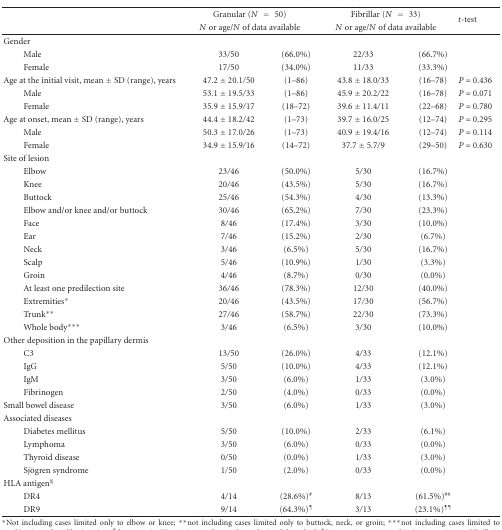
<table><thead><tr><td></td><td colspan="2"><b>Granular (<i>N</i> = 50)</b></td><td colspan="2"><b>Fibrillar (<i>N</i> = 33)</b></td><td rowspan="2"><b><i>t</i>-test</b></td><td></td></tr><tr><td></td><td colspan="2"><b><i>N</i> or age/<i>N</i> of data available</b></td><td colspan="2"><b><i>N</i> or age/<i>N</i> of data available</b></td><td></td></tr></thead><tbody><tr><td>Gender</td><td></td><td></td><td></td><td></td><td></td><td></td></tr><tr><td>Male</td><td>33/50</td><td>(66.0%)</td><td>22/33</td><td>(66.7%)</td><td></td><td></td></tr><tr><td>Female</td><td>17/50</td><td>(34.0%)</td><td>11/33</td><td>(33.3%)</td><td></td><td></td></tr><tr><td>Age at the initial visit, mean ± SD (range), years</td><td>47.2 ± 20.1/50</td><td>(1–86)</td><td>43.8 ± 18.0/33</td><td>(16–78)</td><td><i>P </i>= 0.436</td><td></td></tr><tr><td>Male</td><td>53.1 ± 19.5/33</td><td>(1–86)</td><td>45.9 ± 20.2/22</td><td>(16–78)</td><td><i>P </i>= 0.071</td><td></td></tr><tr><td>Female</td><td>35.9 ± 15.9/17</td><td>(18–72)</td><td>39.6 ± 11.4/11</td><td>(22–68)</td><td><i>P </i>= 0.780</td><td></td></tr><tr><td>Age at onset, mean ± SD (range), years</td><td>44.4 ± 18.2/42</td><td>(1–73)</td><td>39.7 ± 16.0/25</td><td>(12–74)</td><td><i>P </i>= 0.295</td><td></td></tr><tr><td>Male</td><td>50.3 ± 17.0/26</td><td>(1–73)</td><td>40.9 ± 19.4/16</td><td>(12–74)</td><td><i>P </i>= 0.114</td><td></td></tr><tr><td>Female</td><td>34.9 ± 15.9/16</td><td>(14–72)</td><td>37.7 ± 5.7/9</td><td>(29–50)</td><td><i>P </i>= 0.630</td><td></td></tr><tr><td>Site of lesion</td><td></td><td></td><td></td><td></td><td></td><td></td></tr><tr><td>Elbow</td><td>23/46</td><td>(50.0%)</td><td>5/30</td><td>(16.7%)</td><td></td><td></td></tr><tr><td>Knee</td><td>20/46</td><td>(43.5%)</td><td>5/30</td><td>(16.7%)</td><td></td><td></td></tr><tr><td>Buttock</td><td>25/46</td><td>(54.3%)</td><td>4/30</td><td>(13.3%)</td><td></td><td></td></tr><tr><td>Elbow and/or knee and/or buttock</td><td>30/46</td><td>(65.2%)</td><td>7/30</td><td>(23.3%)</td><td></td><td></td></tr><tr><td>Face</td><td>8/46</td><td>(17.4%)</td><td>3/30</td><td>(10.0%)</td><td></td><td></td></tr><tr><td>Ear</td><td>7/46</td><td>(15.2%)</td><td>2/30</td><td>(6.7%)</td><td></td><td></td></tr><tr><td>Neck</td><td>3/46</td><td>(6.5%)</td><td>5/30</td><td>(16.7%)</td><td></td><td></td></tr><tr><td>Scalp</td><td>5/46</td><td>(10.9%)</td><td>1/30</td><td>(3.3%)</td><td></td><td></td></tr><tr><td>Groin</td><td>4/46</td><td>(8.7%)</td><td>0/30</td><td>(0.0%)</td><td></td><td></td></tr><tr><td>At least one predilection site</td><td>36/46</td><td>(78.3%)</td><td>12/30</td><td>(40.0%)</td><td></td><td></td></tr><tr><td>Extremities*</td><td>20/46</td><td>(43.5%)</td><td>17/30</td><td>(56.7%)</td><td></td><td></td></tr><tr><td>Trunk**</td><td>27/46</td><td>(58.7%)</td><td>22/30</td><td>(73.3%)</td><td></td><td></td></tr><tr><td>Whole body***</td><td>3/46</td><td>(6.5%)</td><td>3/30</td><td>(10.0%)</td><td></td><td></td></tr><tr><td>Other deposition in the papillary dermis</td><td></td><td></td><td></td><td></td><td></td><td></td></tr><tr><td>C3</td><td>13/50</td><td>(26.0%)</td><td>4/33</td><td>(12.1%)</td><td></td><td></td></tr><tr><td>IgG</td><td>5/50</td><td>(10.0%)</td><td>4/33</td><td>(12.1%)</td><td></td><td></td></tr><tr><td>IgM</td><td>3/50</td><td>(6.0%)</td><td>1/33</td><td>(3.0%)</td><td></td><td></td></tr><tr><td>Fibrinogen</td><td>2/50</td><td>(4.0%)</td><td>0/33</td><td>(0.0%)</td><td></td><td></td></tr><tr><td>Small bowel disease</td><td>3/50</td><td>(6.0%)</td><td>1/33</td><td>(3.0%)</td><td></td><td></td></tr><tr><td>Associated diseases</td><td></td><td></td><td></td><td></td><td></td><td></td></tr><tr><td>Diabetes mellitus</td><td>5/50</td><td>(10.0%)</td><td>2/33</td><td>(6.1%)</td><td></td><td></td></tr><tr><td>Lymphoma</td><td>3/50</td><td>(6.0%)</td><td>0/33</td><td>(0.0%)</td><td></td><td></td></tr><tr><td>Thyroid disease</td><td>0/50</td><td>(0.0%)</td><td>1/33</td><td>(3.0%)</td><td></td><td></td></tr><tr><td>Sjögren syndrome</td><td>1/50</td><td>(2.0%)</td><td>0/33</td><td>(0.0%)</td><td></td><td></td></tr><tr><td>HLA antigen<sup>§</sup></td><td></td><td></td><td></td><td></td><td></td><td></td></tr><tr><td>DR4</td><td>4/14</td><td>(28.6%)<sup>#</sup></td><td>8/13</td><td>(61.5%)<sup>##</sup></td><td></td><td></td></tr><tr><td>DR9</td><td>9/14</td><td>(64.3%)<sup>¶</sup></td><td>3/13</td><td>(23.1%)<sup>¶¶</sup></td><td></td><td></td></tr></tbody></table>